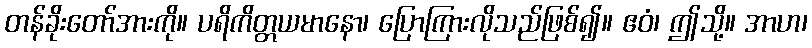
တန်ခိုးတော်အားကို။ ပရိကိတ္တယမာနော၊ ပြောကြားလိုသည်ဖြစ်၍။ ဧဝံ၊ ဤသို့။ အာဟ၊